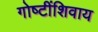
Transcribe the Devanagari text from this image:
गोष्‍टींशिवाय